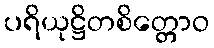
ပရိယုဋ္ဌိတစိတ္တောဝ